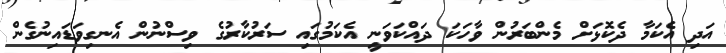
އަދި އެކަމާ ދެކޮޅަށް މެންބަރުން ވާހަކަ ދައްކަވަނީ އެކަމުގައި ސަރުކާރުގެ ވިސްނުން އެނގިވަޑައިނުގެން